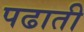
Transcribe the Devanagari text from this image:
पढाती